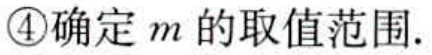
\textcircled{4}确定\(m\)的取值范围.